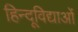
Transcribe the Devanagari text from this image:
हिन्दूविद्याओं